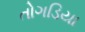
તોગડિયા